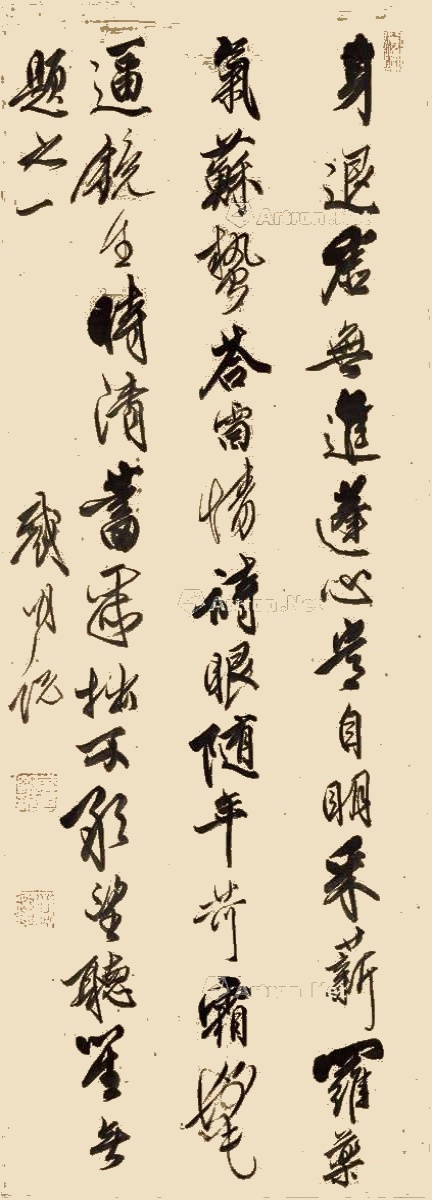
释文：身退虚无进，蓬心岂自明。采薪罗药气，苏蛰荅雷情。诗眼随年苛，霜髦逼镜生。时清蓄聚拙，不敢望听笙。无题之一。戴明说。